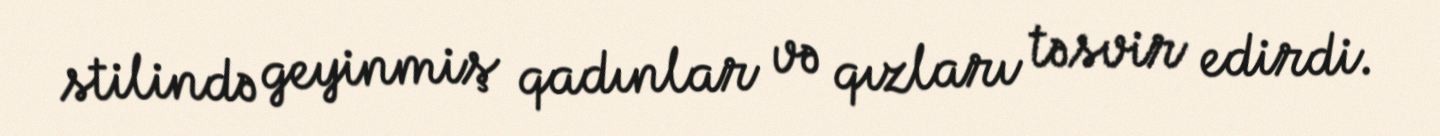
stilində geyinmiş qadınlar və qızları təsvir edirdi.